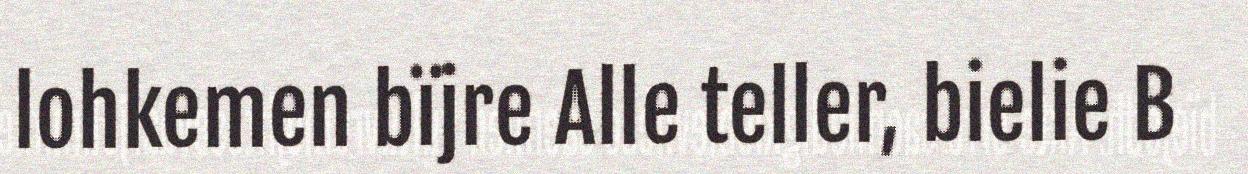
lohkemen bïjre Alle teller, bielie B